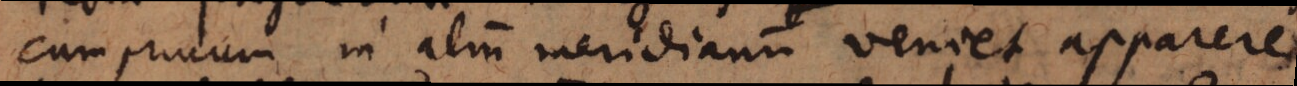
cum primum in alium meridianum veniet apparere